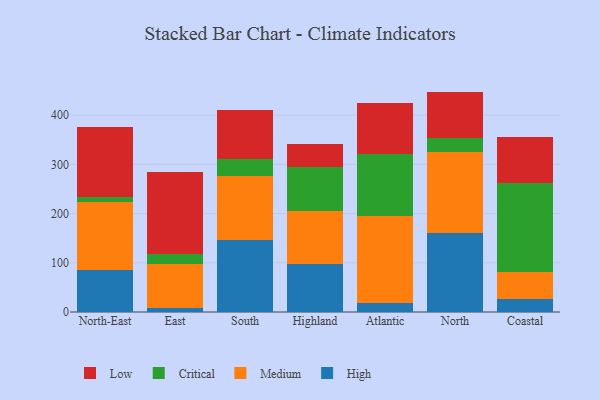
{"axis": {"x": "Region", "y": "Production Output"}, "legend": ["Critical", "High", "Low", "Medium"], "data": [{"x": "North-East", "y": 85.0, "type": "High"}, {"x": "North-East", "y": 138.6, "type": "Medium"}, {"x": "North-East", "y": 9.2, "type": "Critical"}, {"x": "North-East", "y": 142.6, "type": "Low"}, {"x": "East", "y": 8.8, "type": "High"}, {"x": "East", "y": 87.8, "type": "Medium"}, {"x": "East", "y": 20.3, "type": "Critical"}, {"x": "East", "y": 167.5, "type": "Low"}, {"x": "South", "y": 146.4, "type": "High"}, {"x": "South", "y": 129.5, "type": "Medium"}, {"x": "South", "y": 34.9, "type": "Critical"}, {"x": "South", "y": 99.6, "type": "Low"}, {"x": "Highland", "y": 97.5, "type": "High"}, {"x": "Highland", "y": 108.3, "type": "Medium"}, {"x": "Highland", "y": 89.2, "type": "Critical"}, {"x": "Highland", "y": 46.7, "type": "Low"}, {"x": "Atlantic", "y": 18.9, "type": "High"}, {"x": "Atlantic", "y": 176.6, "type": "Medium"}, {"x": "Atlantic", "y": 126.2, "type": "Critical"}, {"x": "Atlantic", "y": 102.8, "type": "Low"}, {"x": "North", "y": 160.1, "type": "High"}, {"x": "North", "y": 164.8, "type": "Medium"}, {"x": "North", "y": 28.9, "type": "Critical"}, {"x": "North", "y": 94.1, "type": "Low"}, {"x": "Coastal", "y": 26.7, "type": "High"}, {"x": "Coastal", "y": 55.6, "type": "Medium"}, {"x": "Coastal", "y": 179.5, "type": "Critical"}, {"x": "Coastal", "y": 94.0, "type": "Low"}]}